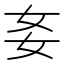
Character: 㚣